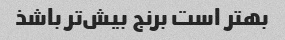
بهتر است برنج بیش‌تر باشذ